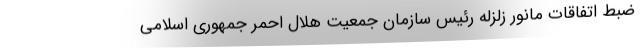
ضبط اتفاقات مانور زلزله رئیس سازمان جمعیت هلال احمر جمهوری اسلامی